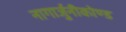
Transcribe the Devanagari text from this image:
नागार्जुनीकोण्ड